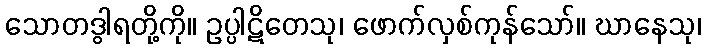
သောတဒွါရတို့ကို။ ဥပ္ပါဋိတေသု၊ ဖောက်လှစ်ကုန်သော်။ ဃာနေသု၊